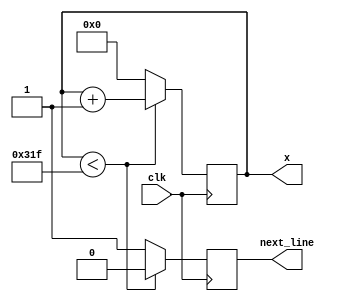
module vga_horizontal (
	input clk,
	output reg next_line,
	output reg [9:0] x
);

	initial begin
		x = 0;
		next_line = 0;
	end
	
	always @(posedge clk) begin
		if (x < 799) begin
			x <= x + 1;
			next_line <= 0;
		end else begin
			x <= 0;
			next_line <= 1;
		end
	end

endmodule